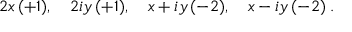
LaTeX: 2 x \, ( + 1 ) , \quad 2 i y \, ( + 1 ) , \quad x + i y \, ( - 2 ) , \quad x - i y \, ( - 2 ) \; .